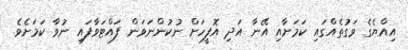
އިއްޔެގެ ވަގުތެއްގައި ކަމަށާއި އޭނާ އަދި އޮފީހަށް ނުކުންނަވަން ފައްޓަވާފައި ނުވާ ކަމަށެވެ.